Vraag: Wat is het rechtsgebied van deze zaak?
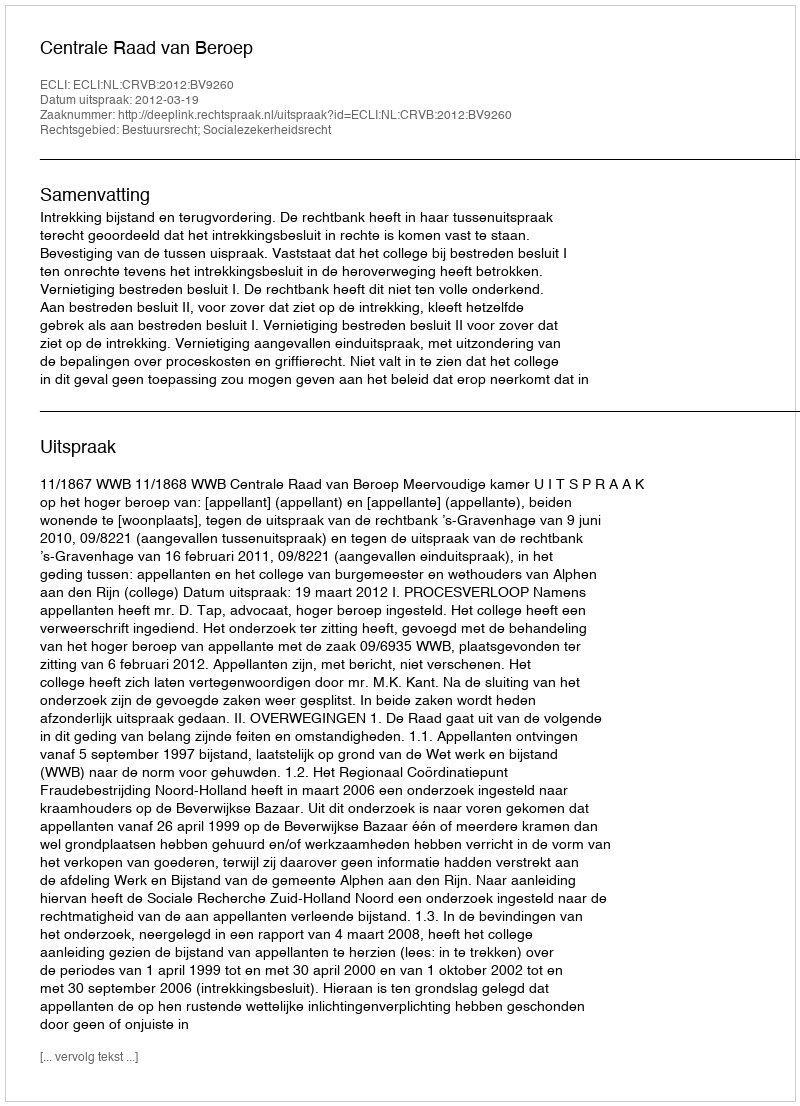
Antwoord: Bestuursrecht; Socialezekerheidsrecht